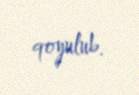
qoyulub.